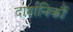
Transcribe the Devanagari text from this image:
दार्शनिकौं